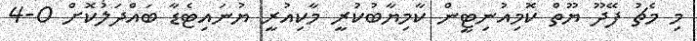
މި މެޗު ފޭދޫ ޔޫތް ކޮމިއުނިޓީން ކާމިޔާބުކުރީ މާކިއުރީ ޔުނައިޓެޑާ ބައްދަލުކޮށް 0-4